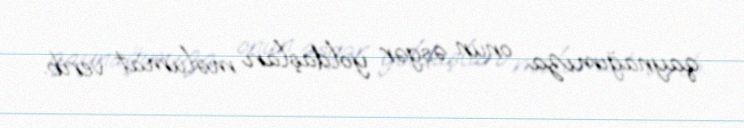
qaynağımıza onun əsgər yoldaşları məlumat verib.